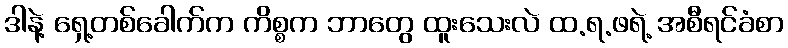
ဒါနဲ့ ရှေ့တစ်ခေါက်က ကိစ္စက ဘာတွေ ထူးသေးလဲ ထ.ရ.ဖရဲ့ အစီရင်ခံစာ